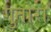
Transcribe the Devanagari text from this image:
गुतोरा